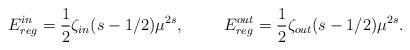
LaTeX: \begin{align*}E_{reg}^{in}=\frac{1}{2}\zeta_{in}(s-1/2)\mu^{2s},\hspace{1cm}E_{reg}^{out}=\frac{1}{2}\zeta_{out}(s-1/2)\mu^{2s}.\end{align*}